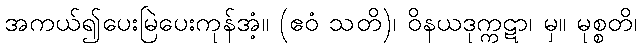
အကယ်၍ပေးမြဲပေးကုန်အံ့။ (ဧဝံ သတိ)၊ ဝိနယဒုက္ကဋာ၊ မှ။ မုစ္စတိ၊